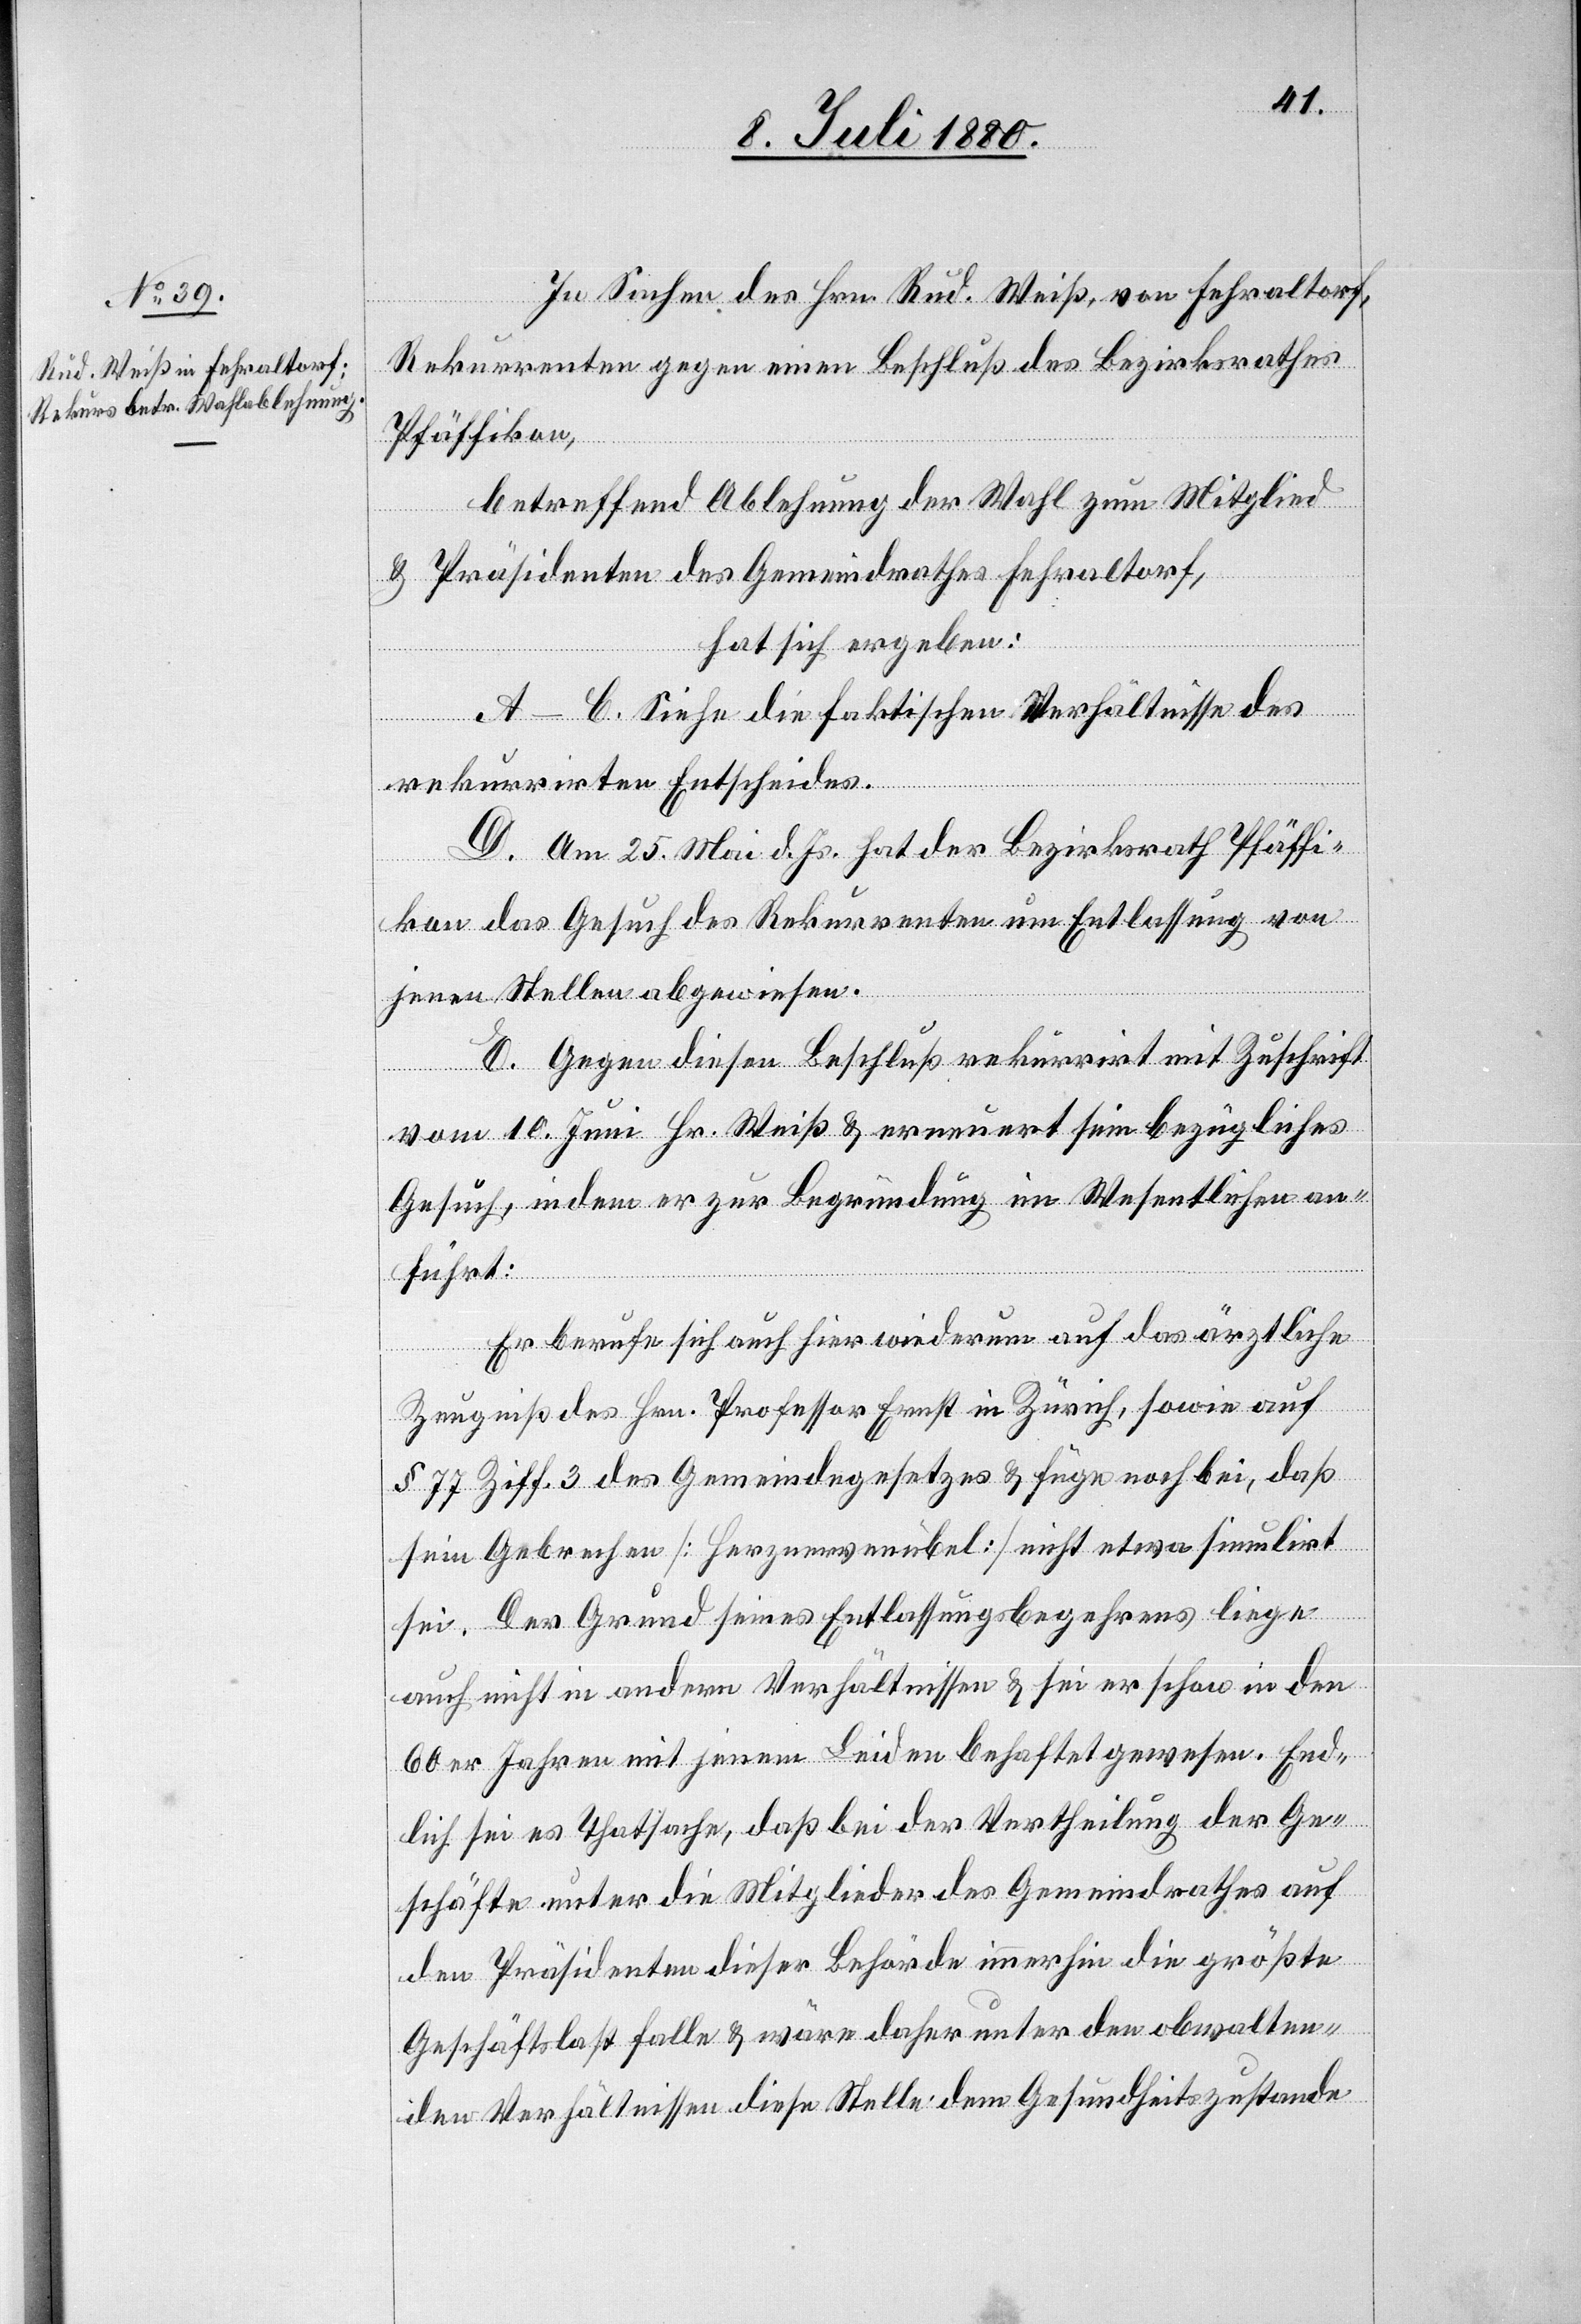
In Sachen des Hrn. Rud. Weiß von Fehraltorf,
Rekurrenten gegen einen Beschluß des Bezirksrathes
Pfäffikon,
betreffend Ablehnung der Wahl zum Mitglied
& Präsidenten des Gemeindrathes Fehraltorf,
hat sich ergeben:
A–C. Siehe die faktischen Verhältnisse des
rekurrirten Entscheides.
D. Am 25. Mai d. Js. hat der Bezirksrath Pfäffi¬
kon des Gesuch des Rekurrenten um Entlassung von
jenen Stellen abgewiesen.
E. Gegen diesen Beschluß rekurrirt mit Zuschrift
vom 10. Juni Hr. Weiß & erneuert sein bezügliches
Gesuch, indem er zur Begründung im Wesentlichen an¬
führt:
Er berufe sich auch hier wiederum auf das ärztliche
Zeugniß des Hrn. Professor Ernst in Zürich, sowie auf
§ 77 Ziff. 3 des Gemeindegesetzes & füge noch bei, daß
sein Gebrechen [Herznervenübel] nicht etwa simulirt
sei. Der Grund seines Entlassungsbegehrens liege
auch nicht in andern Verhältnissen & sei er schon in den
60er Jahren mit jenem Leiden behaftet gewesen. End¬
lich sei es Thatsache, daß bei der Vertheilung der Ge¬
schäfte unter die Mitglieder des Gemeindrathes auf
den Präsidenten dieser Behörde immerhin die größte
Geschäftslast falle & wäre daher unter den obwalten¬
den Verhältnissen diese Stelle dem Gesundheitszustande